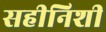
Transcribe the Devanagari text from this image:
सहीनिशी